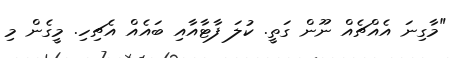
"މާގިނަ އެއްޗެއް ނޫން ގަތީ. ކުލަ ފާޓާއާއި ބައެއް އެޗިހި. މީގެން މި